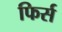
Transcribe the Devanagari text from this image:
फिर्स